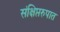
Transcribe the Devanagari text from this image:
संक्षिप्तरुपात